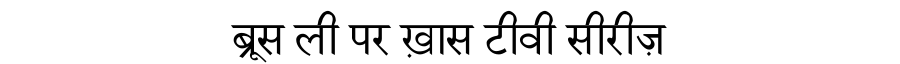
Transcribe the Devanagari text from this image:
ब्रूस ली पर ख़ास टीवी सीरीज़